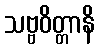
သဗ္ဗဝိတ္တာနိ